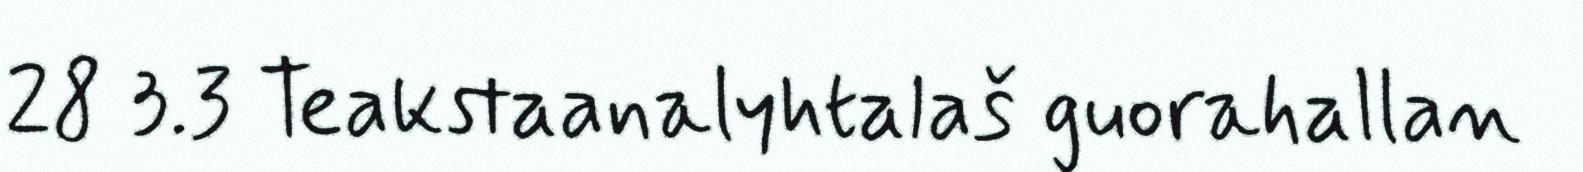
28 3.3 Teakstaanalyhtalaš guorahallan